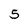
Character: 5